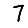
Digit: 7